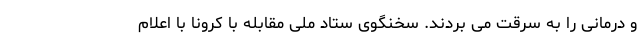
و درمانی را به سرقت می بردند. سخنگوی ستاد ملی مقابله با کرونا با اعلام